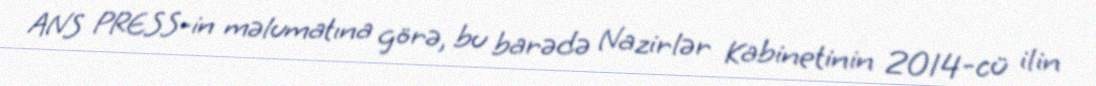
ANS PRESS-in məlumatına görə, bu barədə Nazirlər Kabinetinin 2014-cü ilin